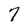
Character: 7